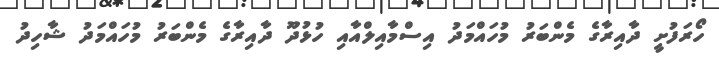
ހޯރަފުށީ ދާއިރާގެ މެންބަރު މުހައްމަދު އިސްމާއިލްއާއި ހުޅުދޫ ދާއިރާގެ މެންބަރު މުހައްމަދު ޝާހިދު